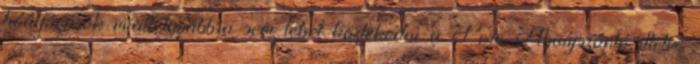
hóátfúvások miatt továbbra sem lehet közlekedni a Pere-Abaújszántó illetve